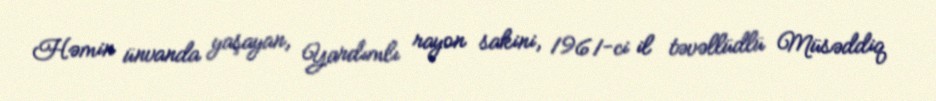
Həmin ünvanda yaşayan, Yardımlı rayon sakini, 1961-ci il təvəllüdlü Müsəddiq